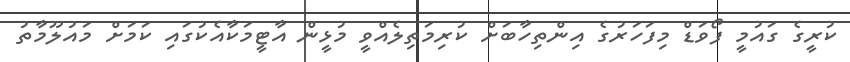
ކުރީގެ ގައުމީ ފޯވަޑް މިފަހަރުގެ އިންތިހާބަށް ކުރިމަތިލެއްވީ މުޅީން އާޓީމަކާއެކުގައި ކަމަށް މައުލޫމާތު